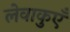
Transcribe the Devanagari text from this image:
लेवाकुएँ